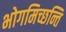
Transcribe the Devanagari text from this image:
भोगमिच्छन्ति